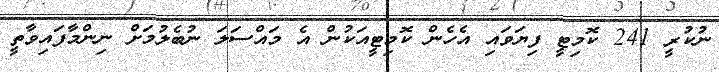
ނުކުރީ 241 ކޮމިޓީ ފިޔަވައި އެހެން ކޮމިޓީއަކުން އެ މައްސަލަ ނުބެލުމަށް ނިންމާފައިވާތީ